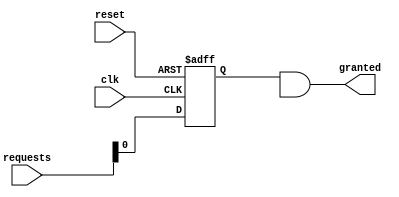
module RandomArbiter(input wire clk,
                     input wire reset,
                     input wire [N-1:0] requests,
                     output wire granted);

  parameter N = 4; // Number of input requests
  
  reg [N-1:0] synchronized_requests;
  wire [N-1:0] random_order;
  reg [N-1:0] processed_requests;
  
  // Timing control and synchronization logic
  always @(posedge clk or posedge reset) begin
    if (reset) begin
      synchronized_requests <= 0;
    end else begin
      synchronized_requests <= requests;
    end
  end
  
  // Random selection algorithm
  assign random_order = $random;
  
  // Arbiter logic
  always @(*) begin
    processed_requests = synchronized_requests & random_order;
  end
  
  // Output logic
  assign granted = processed_requests[0];
  
endmodule